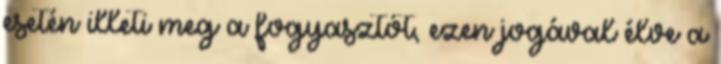
esetén illeti meg a fogyasztót, ezen jogával élve a